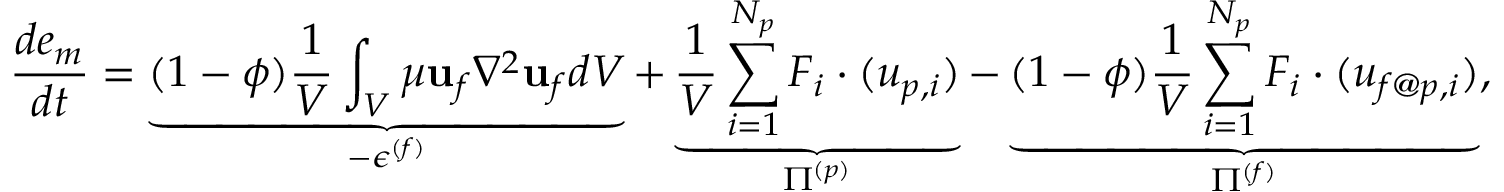
\frac { d e _ { m } } { d t } = \underbrace { ( 1 - \phi ) \frac { 1 } { V } \int _ { V } \mu { \mathbf u } _ { f } \nabla ^ { 2 } { \mathbf u } _ { f } d V } _ { - \epsilon ^ { ( f ) } } + \underbrace { \frac { 1 } { V } \sum _ { i = 1 } ^ { N _ { p } } F _ { i } \cdot ( u _ { p , i } ) } _ { \Pi ^ { ( p ) } } - \underbrace { ( 1 - \phi ) \frac { 1 } { V } \sum _ { i = 1 } ^ { N _ { p } } F _ { i } \cdot ( u _ { f @ p , i } ) } _ { \Pi ^ { ( f ) } } ,